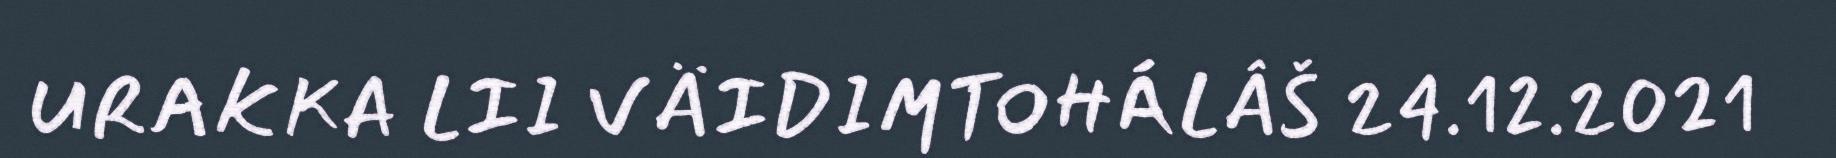
URAKKA LII VÄIDIMTOHÁLÂŠ 24.12.2021